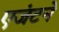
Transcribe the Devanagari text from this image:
एजंटने